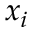
x _ { i }